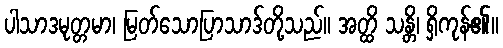
ပါသာဒမုတ္တမာ၊ မြတ်သောပြာသာဒ်တို့သည်။ အတ္ထိ သန္တိ၊ ရှိကုန်၏။